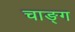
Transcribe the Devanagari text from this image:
चाङ्ग